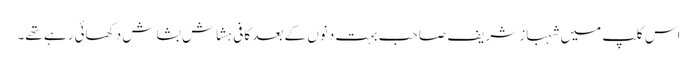
اس کلپ میں شہباز شریف صاحب بہت دنوں کے بعد کافی ہشاش بشاش دِکھائی رہے تھے۔